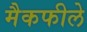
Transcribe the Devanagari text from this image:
मैकफीले